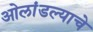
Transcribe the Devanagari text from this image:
ओलांडल्याचे